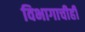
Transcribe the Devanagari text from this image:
विभागाचीही